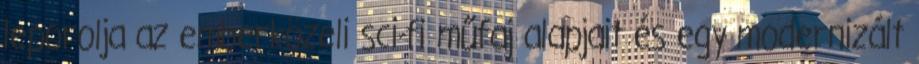
leporolja az emberközeli sci-fi műfaj alapjait és egy modernizált